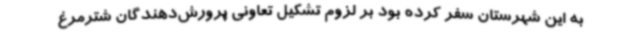
به این شهرستان سفر کرده بود بر لزوم تشکیل تعاونی پرورش‌دهندگان شترمرغ